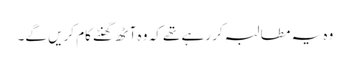
وہ یہ مطالبہ کر رہے تھے کہ وہ آٹھ گھنٹے کام کریں گے۔